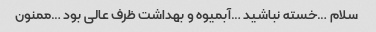
سلام …خسته نباشید …آبمیوه و بهداشت ظرف عالی بود …ممنون